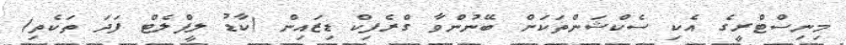
މިނިސްޓްރީގެ އެކި ސެކްޝަންތަކަށް ބޭނުންވާ ގްރެފިކް ޑިޒައިން (ކާޑު ލީފްލެޓް ފަދަ ތަކެތި)